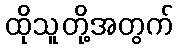
ထိုသူတို့အတွက်